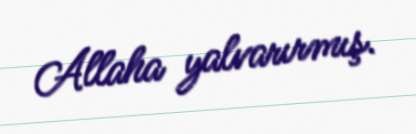
Allaha yalvarırmış.